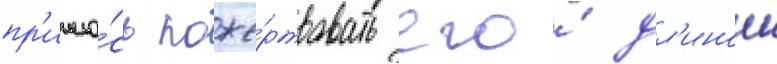
пр'ишло́сь поже́ртвовать его́ дл'инои